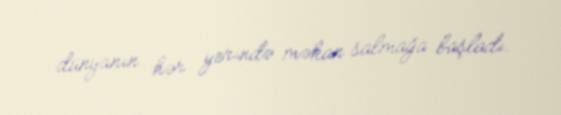
dünyanın hər yerində məkan salmağa başladı.